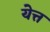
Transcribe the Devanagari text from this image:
येत्त